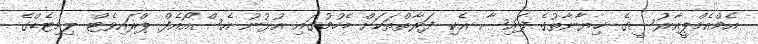
އެމްއެމްޕީއާރުސީގެ ޚިޔާނާތުގެ ފައިސާ އެކި ފަރާތްތަކަށް ބެހުމުގައި އުޅުނު އެސްއޯއެފް ޕްރައިވެޓް ލިމިޓެޑްގެ